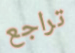
تراجع